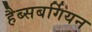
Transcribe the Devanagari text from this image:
हैब्सबर्गियन